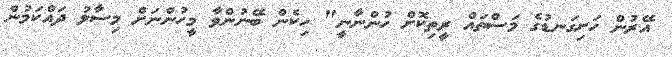
އޭރުން ހަށިގަނޑުގެ މަސްތައް ރީތިކޮށް ހުންނާނީ" ހިކެން ބޭނުންވާ މީހުންނަށް މިސާލު ދައްކަމުން